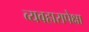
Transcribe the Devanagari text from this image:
व्यवहारापेक्षा